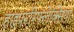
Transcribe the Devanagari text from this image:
हाइपररिफ़्लेक्सिया